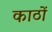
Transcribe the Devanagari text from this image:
काठों